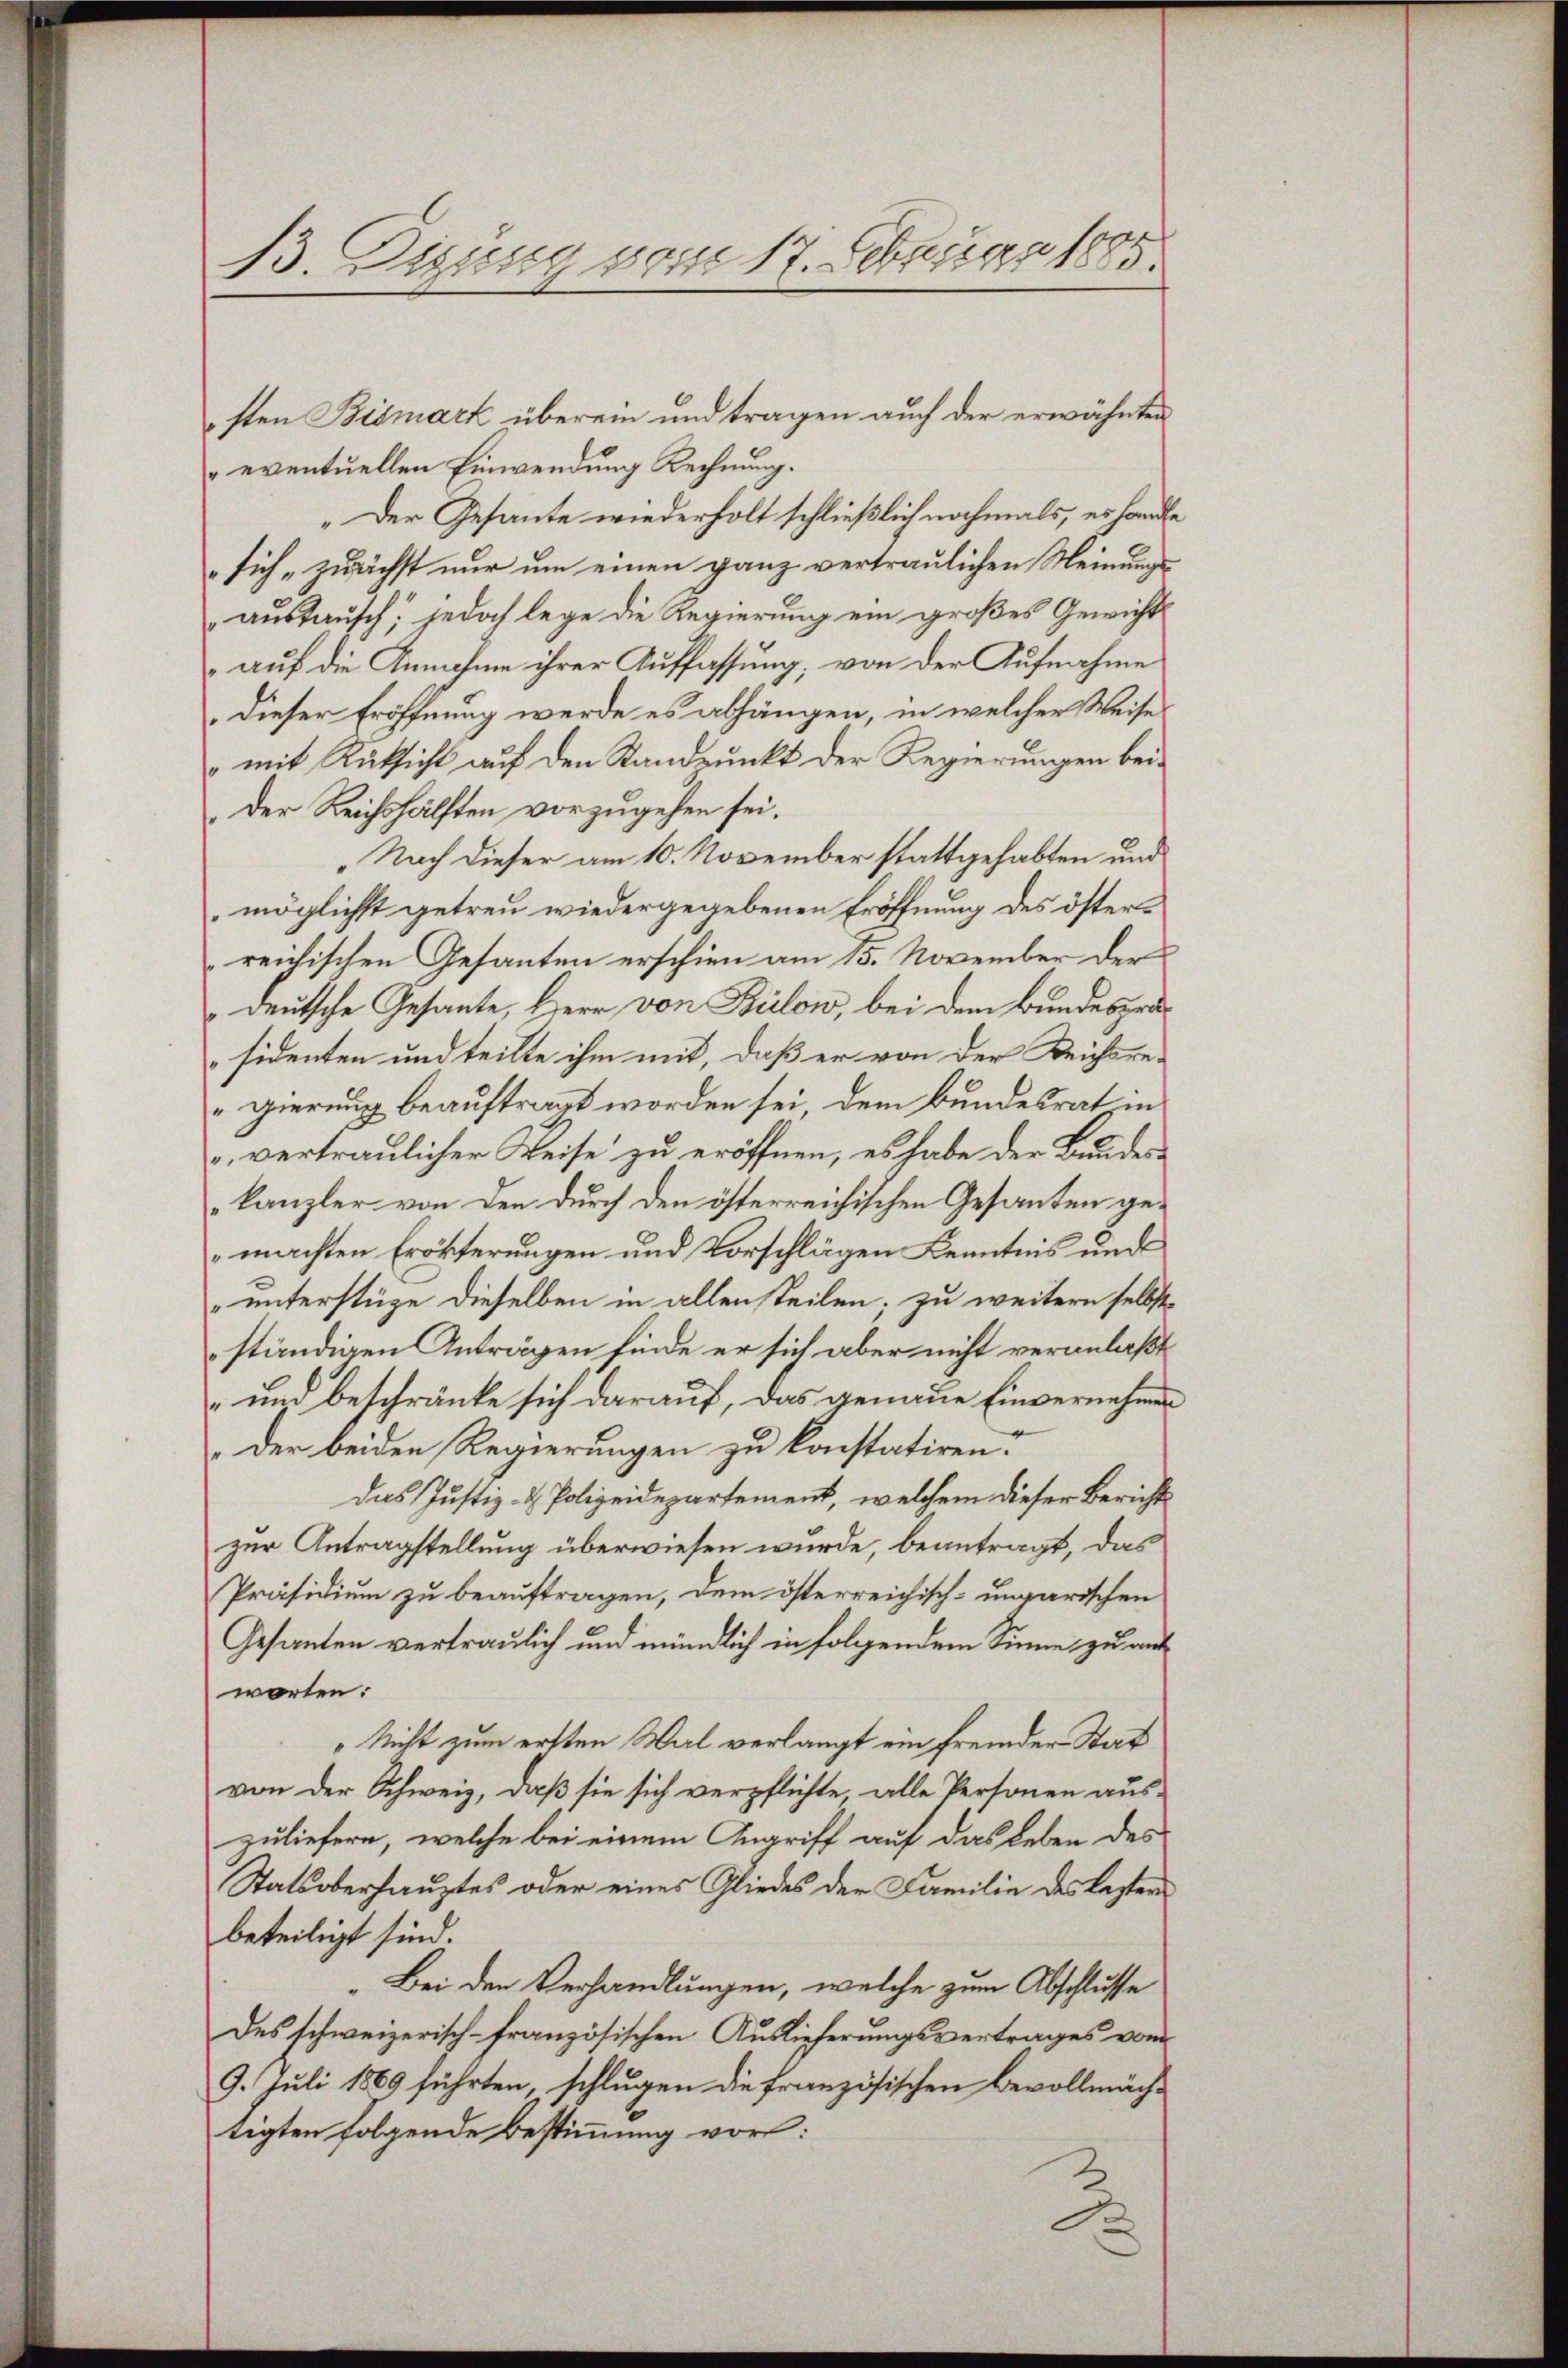
sten Bismark überein und tragen auch der erwähnten
eventuellen Einwendung Rechnung.
„Der Gesante wiederholt schließlich nochmals, es hande
sich „zuächst nur um einen ganz vertraulichen Meinungsaustausch, jedoch lege die Regierung ein großes Gewicht
 auf die Annahme ihrer Auffassung, von der Aufnahme
Dieser Eröffnung werde es abhängen, in welcher Weise
„mit Rüksicht auf den Standpunkt der Regierungen bei¬
Der Reichshälften vorzugehen sei.
Nach dieser am 10. November stattgehabten und
möglichst getreu wiedergegebenen Eröffnung des österreichischen Gesanten erschien am 15. November der
deutsche Gesante, Herr von Bülow, bei dem Bundespräsidenten und teilte ihm mit, daß er von der Reichsre-
gierung beauftragt worden sei, dem Bundesrat in
 vertraulicher Weise zu eröffnen, es habe der Bundeskanzler von den durch den österreichischen Gesanten gemachten Erörterungen und Vorschlägen Kenntnis und
unterstüze dieselben in allen steilen; zu weitern selbst
ständigen Anträgen finde er sich aber nicht veranlaßt
um beschränke sich darauf, das genaue Einvernehmen
der beiden Regierungen zu konstatiren.
das Justiz- & Polizeidepartement, welchem dieser Bericht
zur Antragstellung überwiesen wurde, beantragt, das
Präsidium zu beauftragen, dem österreichisch-ungarischen
Gesanten vertraulich und mündlich in folgendem Sinne zu auf
worten:
„Nicht zum ersten Mal verlangt ein fremder Stat
von der Schweiz, daß sie sich verpflichte alle Personen aus-
zuliefern, welche bei einem Angriff auf das Leben des
Statsoberhauptes oder eines Gliedes der Familie des lasters
beteiligt sind.
Bei den Verhandlungen, welche zum Abschlusse
Des schweizerisch-französischen Auslieferungsvertrages vom
9. Juli 1869 führten, schlugen die französischen Bevollmäch-
tigten folgende Bestimmung vor:
D

13. Denig vom 17. Februar 1885.